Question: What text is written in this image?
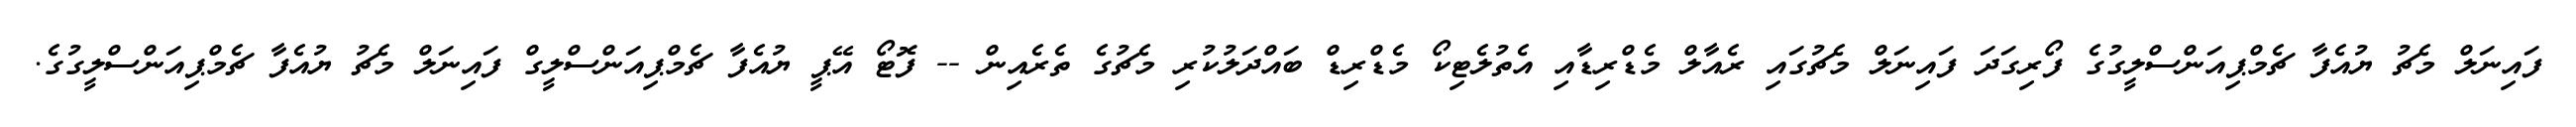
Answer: ފައިނަލް މެޗު ޔުއެފާ ޗެމްޕިއަންސްލީގުގެ ފޯރިގަދަ ފައިނަލް މެޗުގައި ރެއާލް މެޑްރިޑާއި އެތުލެޓިކޯ މެޑްރިޑް ބައްދަލުކުރި މެޗުގެ ތެރެއިން -- ފޮޓޯ އޭޕީ ޔުއެފާ ޗެމްޕިއަންސްލީގް ފައިނަލް މެޗު ޔުއެފާ ޗެމްޕިއަންސްލީގުގެ.